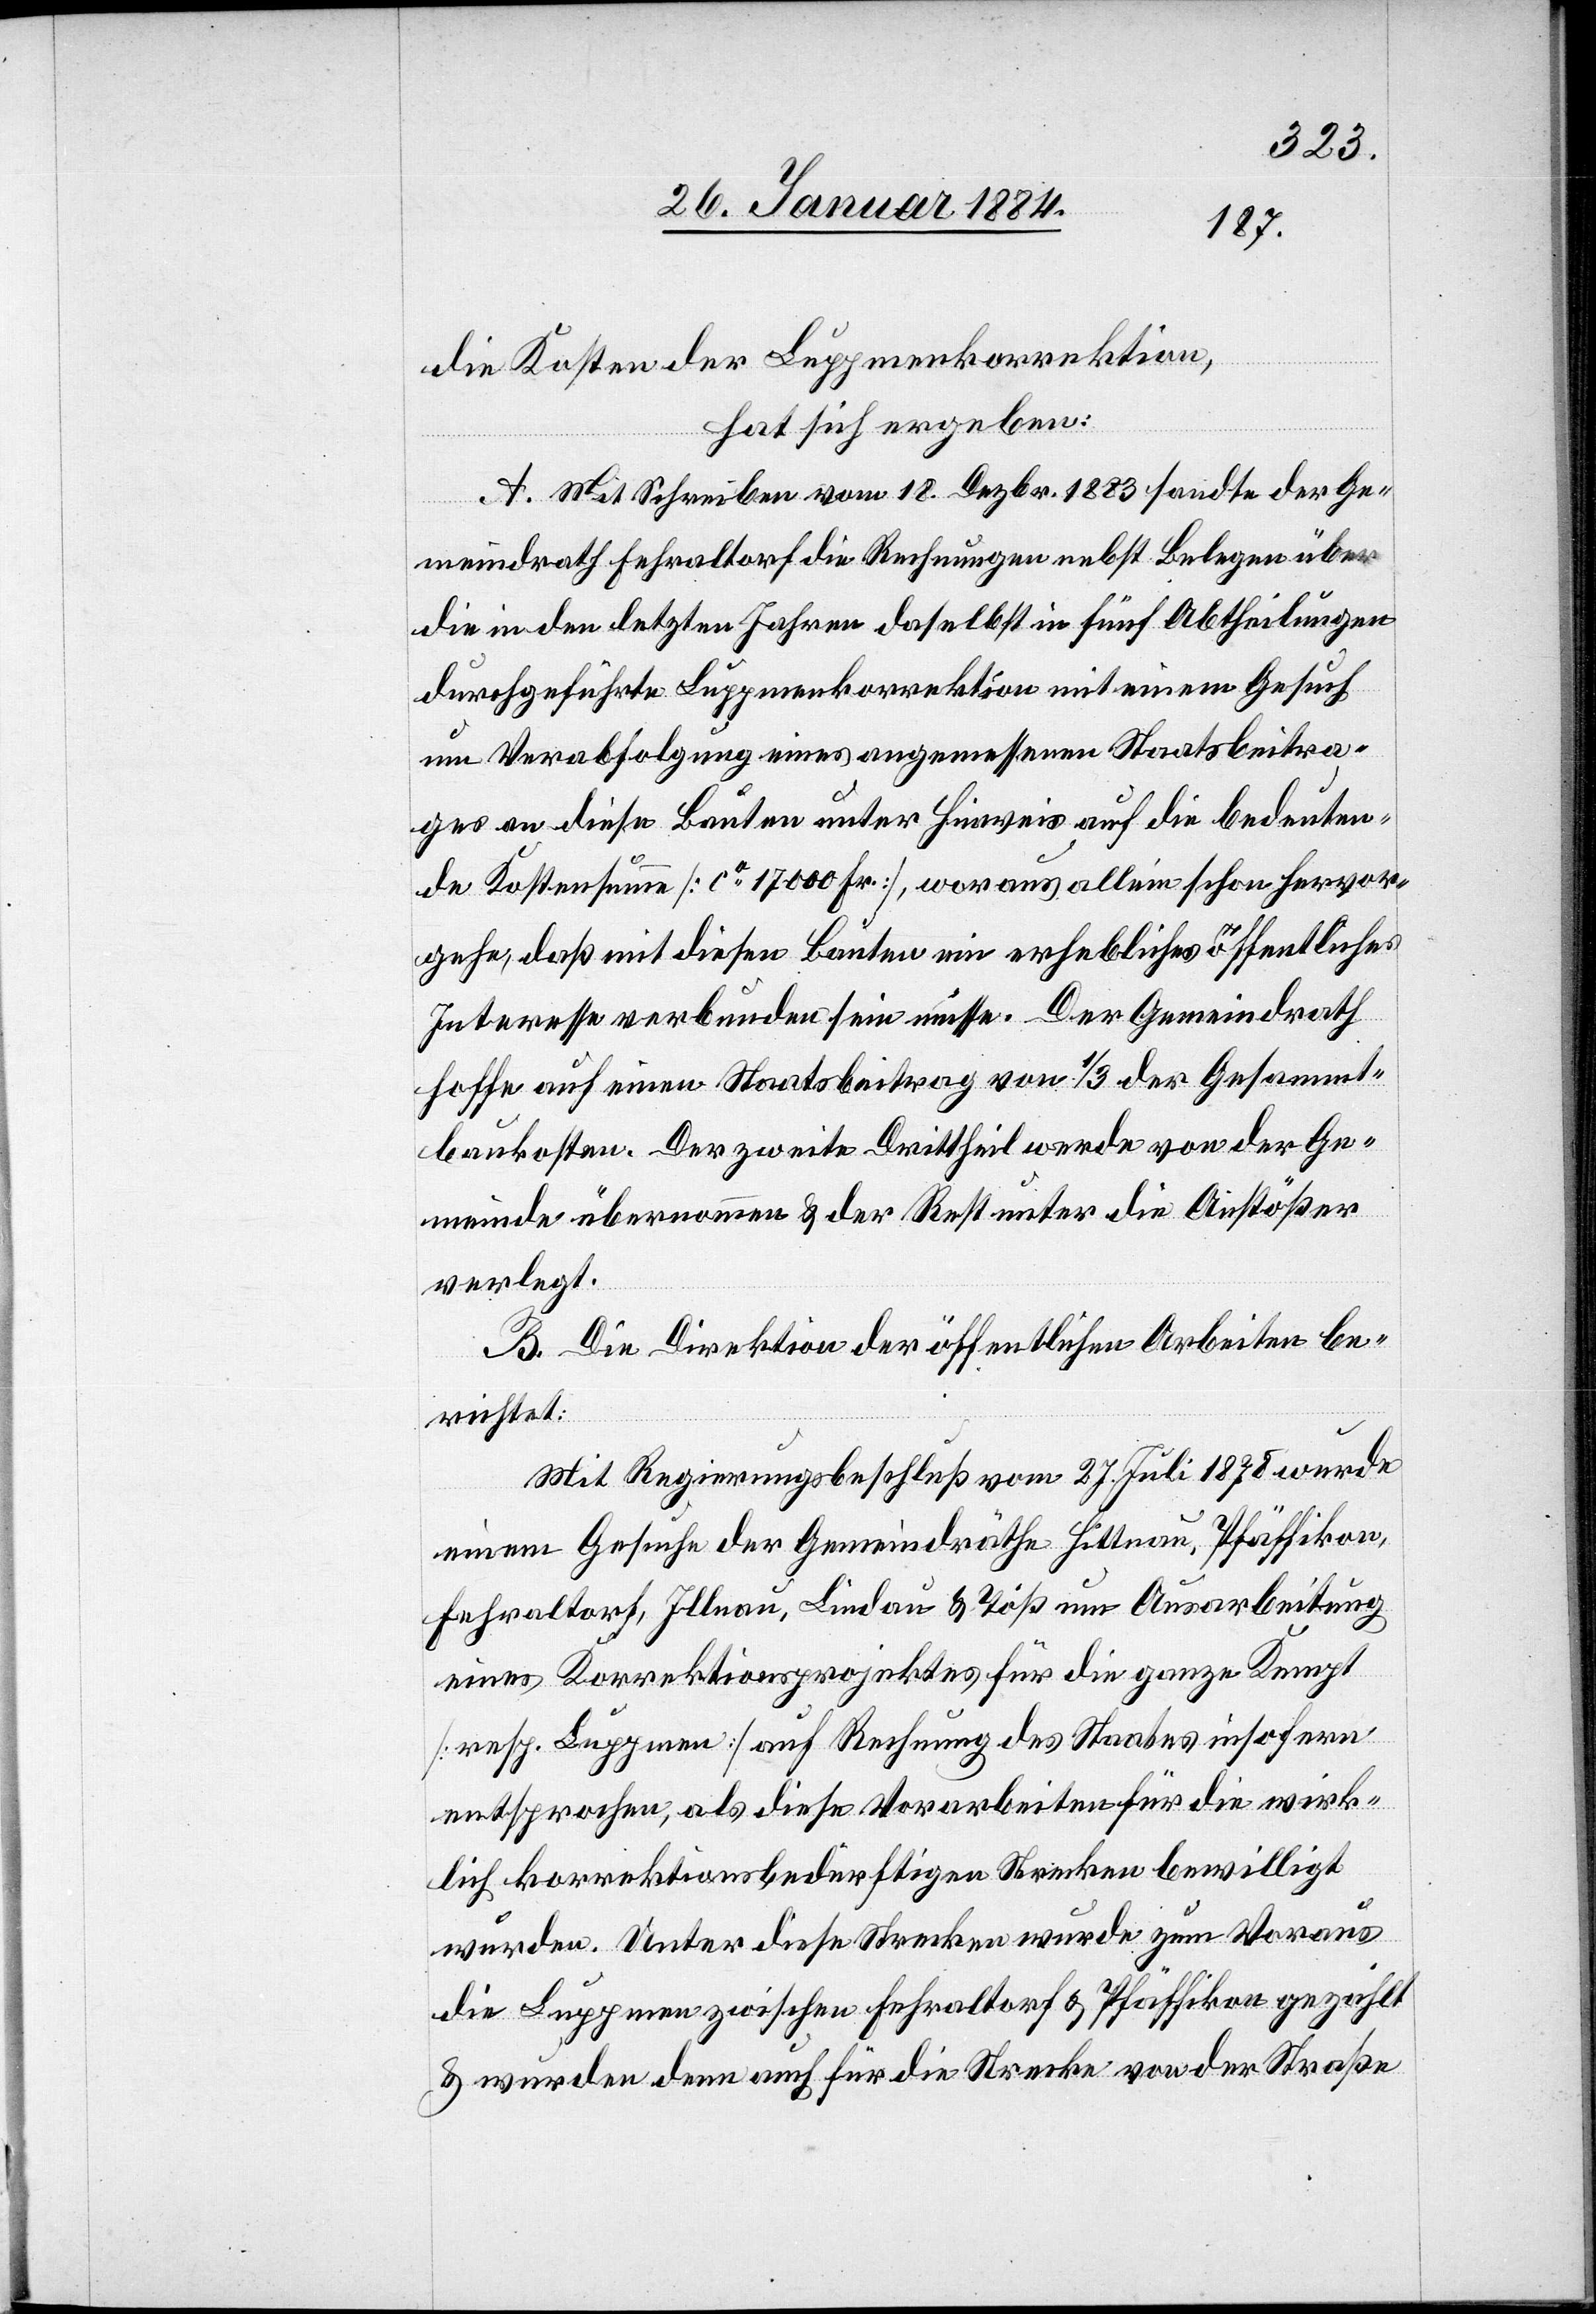
die Kosten der Luppmenkorrektion,
hat sich ergeben:
A. Mit Schreiben vom 18. Dezbr. 1883 sandte der Ge¬
meindrath Fehraltorf die Rechnungen nebst Belegen über
die in den letzten Jahren daselbst in fünf Abtheilungen
durchgeführte Luppmenkorrektion mit einem Gesuch
um Verabfolgung eines angemessenen Staatsbeitra¬
ges an diese Bauten unter Hinweis auf die bedeuten¬
de Kostensumme [ca 17 000 Fr.], woraus allein schon hervor¬
gehe, daß mit diesen Bauten ein erhebliches öffentliches
Interesse verbunden sein müsse. Der Gemeindrath
hoffe auf einen Staatsbeitrag von 1/3 der Gesammt¬
kosten. Der zweite Drittheil werde von der Ge¬
meinde übernommen & der Rest unter die Anstößer
verlegt.
B. Die Direktion der öffentlichen Arbeiten be¬
richtet:
Mit Regierungsbeschluß vom 27. Juli 1878 wurde
einem Gesuche der Gemeindräthe Hittnau, Pfäffikon,
Fehraltorf, Illnau, Lindau & Töß um Ausarbeitung
eines Korrektionsprojektes für die wirkl¬
ich korrektionsbedürftigen Strecken bewilligt
wurden [sic!]. Unter diese Strecken wurde zum Voraus
die Luppmen zwischen Fehraltorf & Pfäffikon gezählt
& wurden denn auch für die Strecke von der Straße